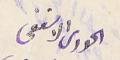
الحورى الاسقفى